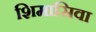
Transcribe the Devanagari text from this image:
शिमासिवा